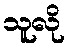
သူလို